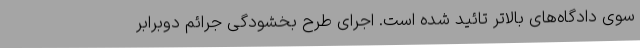
سوی دادگاه‌‌های بالاتر تائید شده است. اجرای طرح بخشودگی جرائم دوبرابر